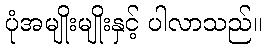
ပုံအမျိုးမျိုးနှင့် ပါလာသည်။